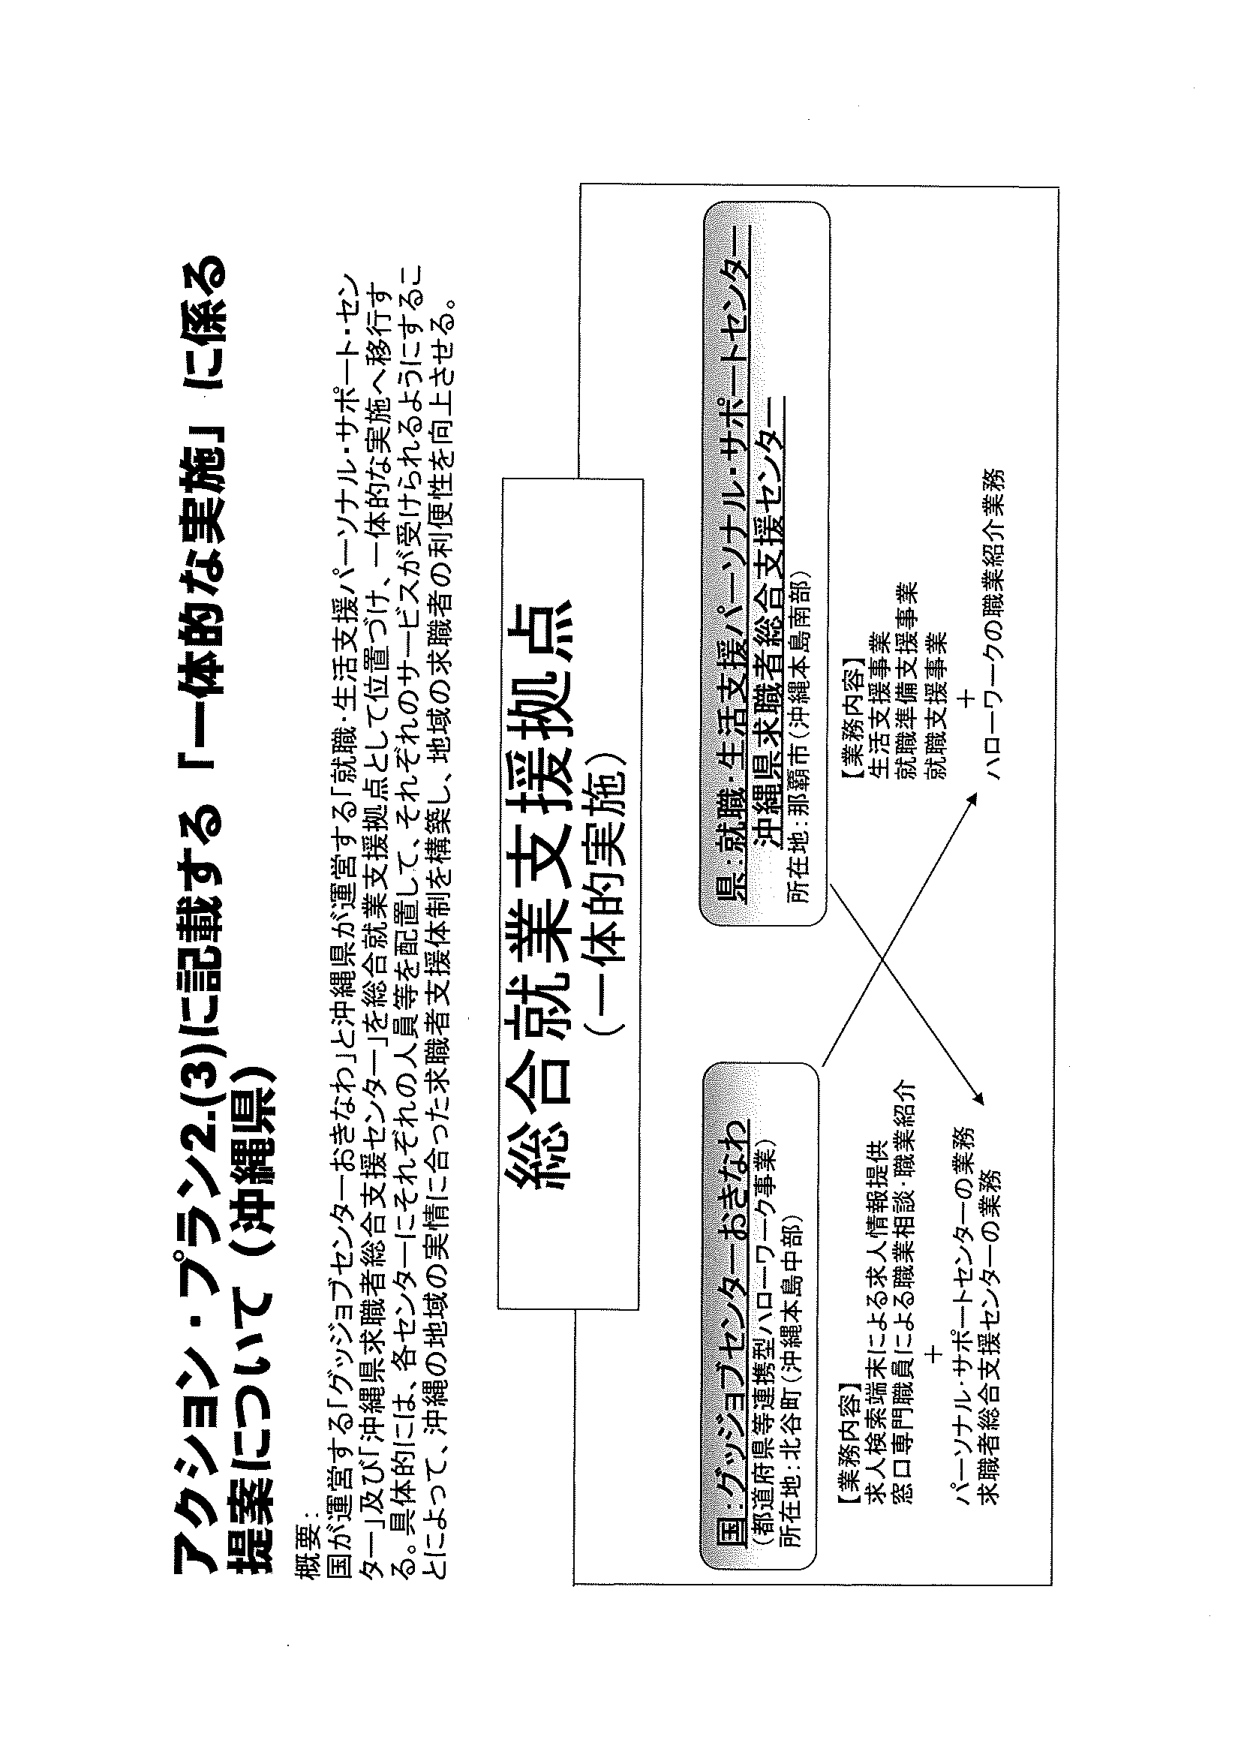
アクション・プラン2.(3)に記載する「一体的な実施」に係る
提案について（沖縄県）

概要：
国が運営する「グッジョブセンターおきなわ」と沖縄県が運営する「就職・生活支援パーソナル・サポート・センター」及び「沖縄県求職者総合支援センター」を総合就業支援拠点として位置づけ、一体的な実施へ移行する。具体的には、各センターにそれぞれの人員等を配置して、それぞれのサービスが受けられるようにすることによって、沖縄の地域の実情に合った求職者支援体制を構築し、地域の求職者の利便性を向上させる。

総合就業支援拠点
（一体的実施）

国：グッジョブセンターおきなわ
（都道府県等連携型ハローワーク事業）
所在地：北谷町（沖縄本島中部）

【業務内容】
求人検索端末による求人情報提供
窓口専門職員による職業相談・職業紹介
＋
パーソナル・サポートセンターの業務
求職者総合支援センターの業務

県：就職・生活支援パーソナル・サポート・センター
沖縄県求職者総合支援センター
所在地：那覇市（沖縄本島南部）

【業務内容】
生活支援事業
就職準備支援事業
就職支援事業
＋
ハローワークの職業紹介業務